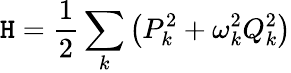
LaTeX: \mathtt{H}=\frac{{1}}{{2}}\sum_{k}\left(P_{k}^{2}+\omega_{k}^{2}Q_{k}^{2}\right)